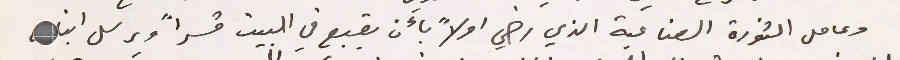
وعامل الثورة الصناعية الذي رضي اولاً بأن يقبع في البيت قسراً ويرسل ابنا